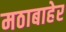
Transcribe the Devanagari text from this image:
मठाबाहेर